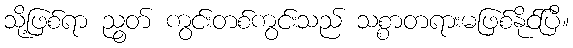
သို့ဖြစ်ရာ ညွတ် ကွင်းတစ်ကွင်းသည် သစ္စာတရားမဖြစ်နိုင်ပြီ။